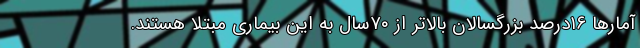
آمارها ۱۶درصد بزرگسالان بالاتر از ۷۰سال به این بیماری مبتلا هستند.